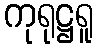
ကုရုဋ္ဌရူ